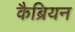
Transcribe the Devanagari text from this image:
कैब्रियन